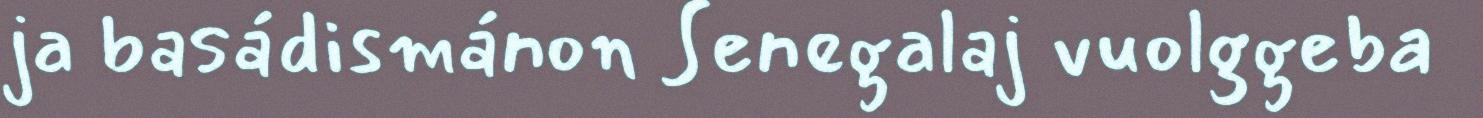
ja basádismánon Senegalaj vuolggeba